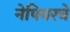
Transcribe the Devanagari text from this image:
नेपियरचे